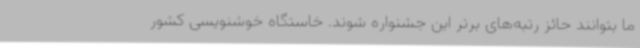
ما بتوانند حائز رتبه‌های برتر این جشنواره شوند. خاستگاه خوشنویسی کشور